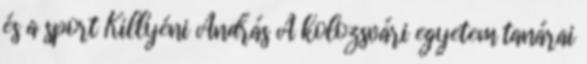
és a sport Killyéni András A kolozsvári egyetem tanárai